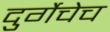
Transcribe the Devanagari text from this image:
दुर्गेचेच